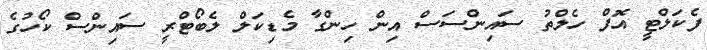
ފެކަލްޓީ އޮފް ހެލްތު ސައިންސަސް އިން ހިންގާ މެޑިކަލް ލެބޯޓްރީ ސައިންސް ކޯހުގެ